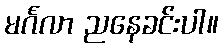
မင်္ဂလာ ညနေခင်းပါ။